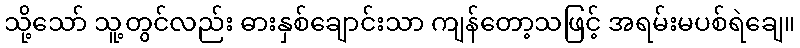
သို့သော် သူ့တွင်လည်း ဓားနှစ်ချောင်းသာ ကျန်တော့သဖြင့် အရမ်းမပစ်ရဲချေ။